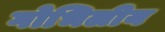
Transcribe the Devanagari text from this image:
गोभिलीय